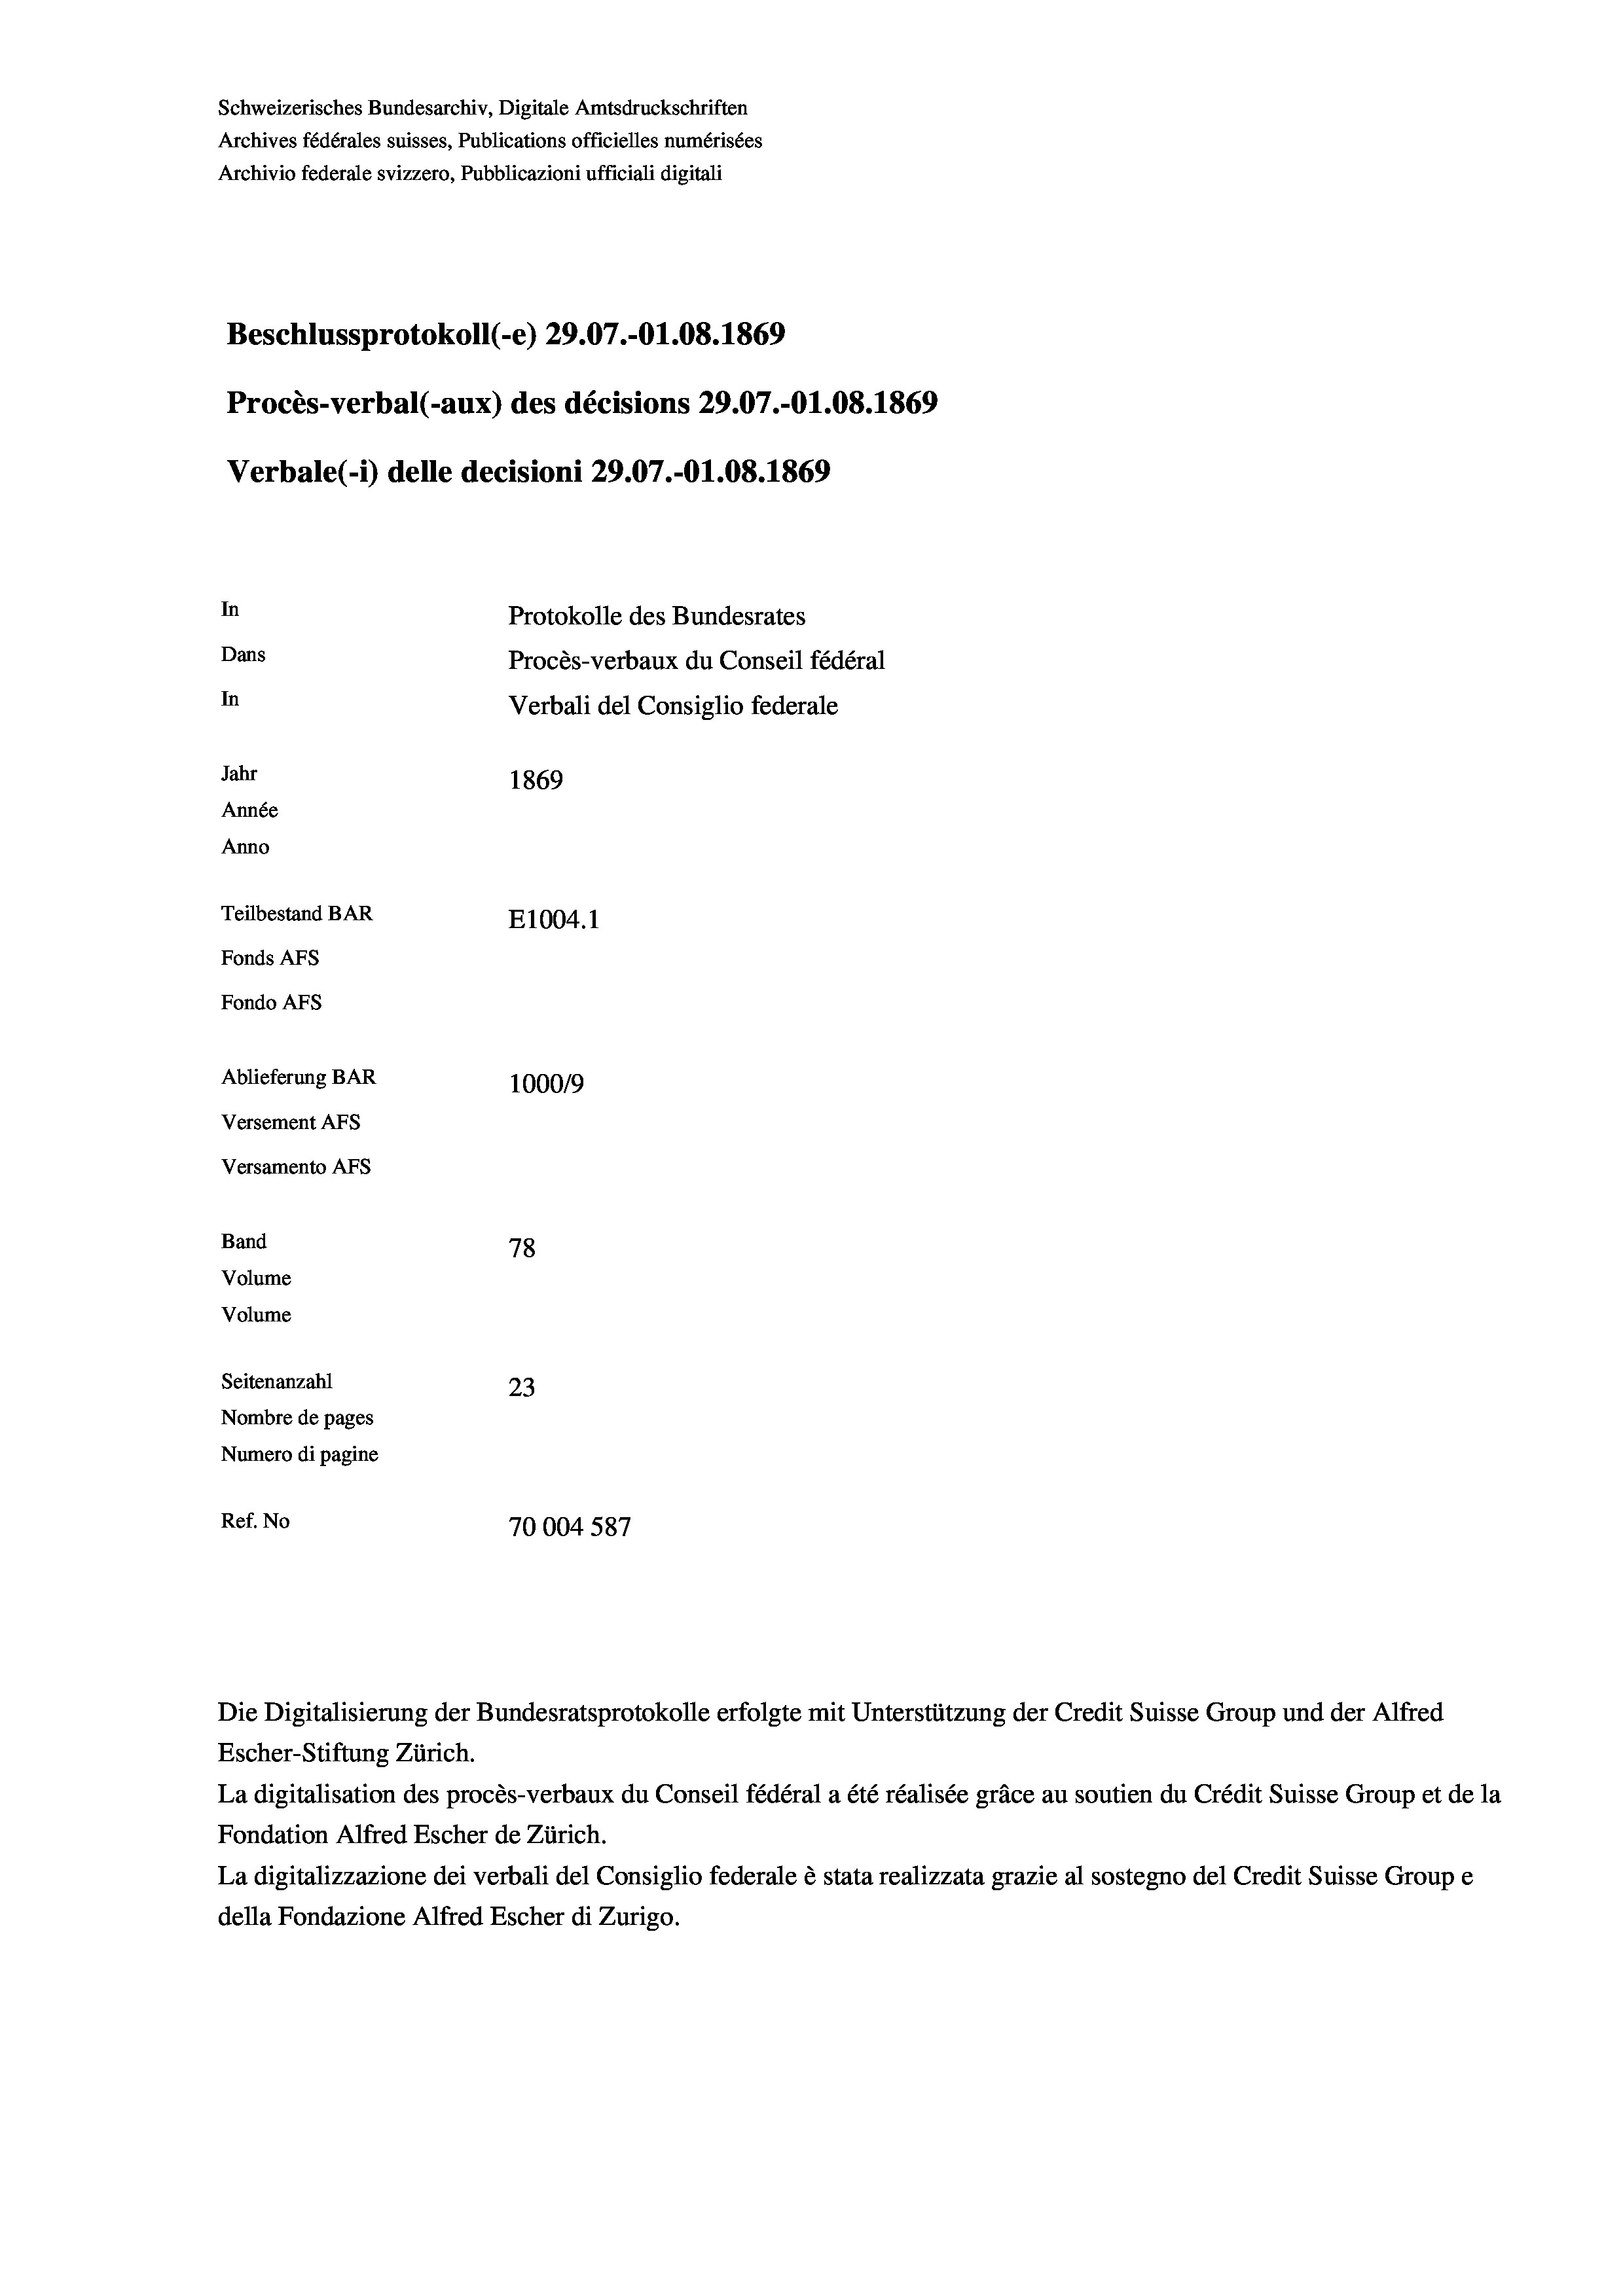
Schweizerisches Bundesarchiv, Digitale Amtsdruckschriften
Archives fédérales suisses, Publications officielles numérisées
Archivio federale svizzero, Pubblicazioni ufficiali digitali
Beschlussprotokoll (-e) 29.07.-O1.08. 1869
Procès-verbal (-aux) des décisions 29.07.-O1.08. 1869
Verbale (1) delle decisioni 29.07.-Ol.08. 1869
In
Protokolle des Bundesrates
Dans
Procès-verbaux du Conseil fédéral
In
Verbali del Consiglio federale
Jahr
1869
Année
Anno
Teilbestand BAR
E1004. 1
Fonds AFs
Fondo Afs
Ablieferung BAR
100019
Versement Ans
Versamento Afs
Band
78
Volume
Volume

Seitenanzahl
23
Nombre de pages
Numero di pagine
Ref. No
70004 587

Die Digitalisierung der Bundesratsprotokolle erfolgte mit Unterstützung der Credit Suisse Group und der Alfred
Escher-Stiftung Zürich.
La digitalisation des procès-verbaux du Conseil fédéral a été réalisée gräce au soutien du Crédit Suisse Group et de la
Fondation Alfred Escher de Zürich.
La digitalizzazione dei verbali del Consiglio federale è stata realizzata grazie al sostegno del Credit Suisse Groupe
della Fondazione Alfred Escher di Zurigo.